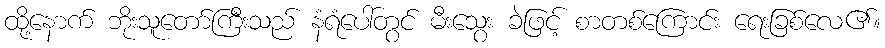
ထို့နောက် ဘိုးသူတော်ကြီးသည် နံရံပေါ်တွင် မီးသွေး ခဲဖြင့် စာတစ်ကြောင်း ရေးခြစ်လေ၏။